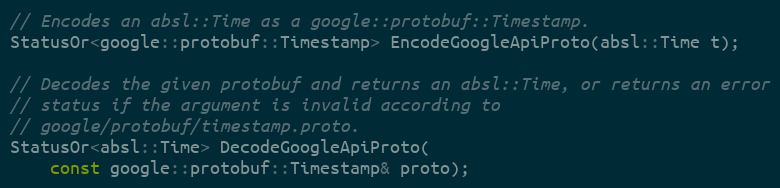
Language: C
// Encodes an absl::Time as a google::protobuf::Timestamp.
StatusOr<google::protobuf::Timestamp> EncodeGoogleApiProto(absl::Time t);

// Decodes the given protobuf and returns an absl::Time, or returns an error
// status if the argument is invalid according to
// google/protobuf/timestamp.proto.
StatusOr<absl::Time> DecodeGoogleApiProto(
    const google::protobuf::Timestamp& proto);